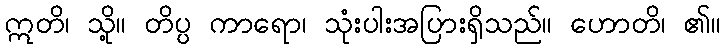
ဣတိ၊ သို့။ တိပ္ပ ကာရော၊ သုံးပါးအပြားရှိသည်။ ဟောတိ၊ ၏။